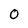
Character: 0